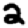
Digit: 2